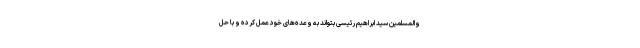
والمسلمین سید ابراهیم رئیسی بتواند به وعده‌های خود عمل کرده و با حل